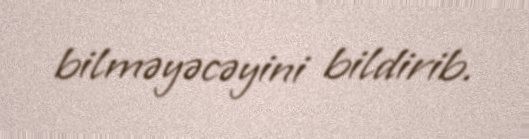
bilməyəcəyini bildirib.